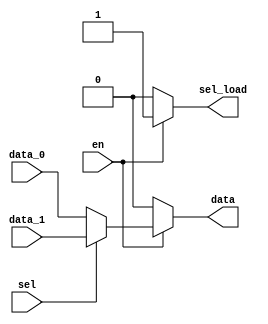
module data_selector(en,data_0,data_1,sel,data,sel_load);
input en;
input data_0,data_1;
input sel;
output data;
output sel_load;
reg  da_buff;
reg  sel_load_buf;
assign data=da_buff;
assign sel_load=sel_load_buf;
always
begin
	if(en==1)
	begin
		sel_load_buf<=1;
		if(sel==0)
		begin
			da_buff<=data_0;
		end
		else
		begin
			da_buff<=data_1;
		end
	end
	else
	begin
		da_buff<=0;
		sel_load_buf<=0;
	end
end
endmodule